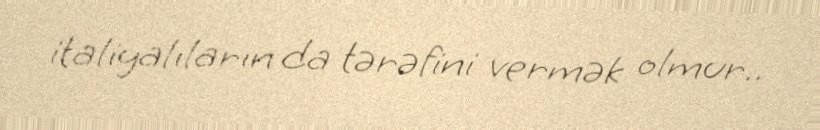
italiyalıların da tərəfini vermək olmur..